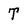
Character: T